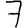
Digit: 7